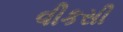
વીકસી